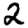
Digit: 2